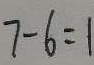
7 - 6 = 1